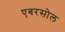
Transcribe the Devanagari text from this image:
एबरसोल